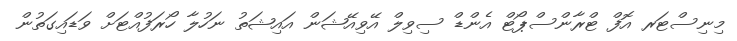
މިނިސްޓަރ އޮފް ޓްރާންސްޕޯޓް އެންޑް ސިވިލް އޭވިއޭޝަން އައިޝަތު ނަހުލާ ހޯރަފުއްޓަށް ވަޑައިގަތުން